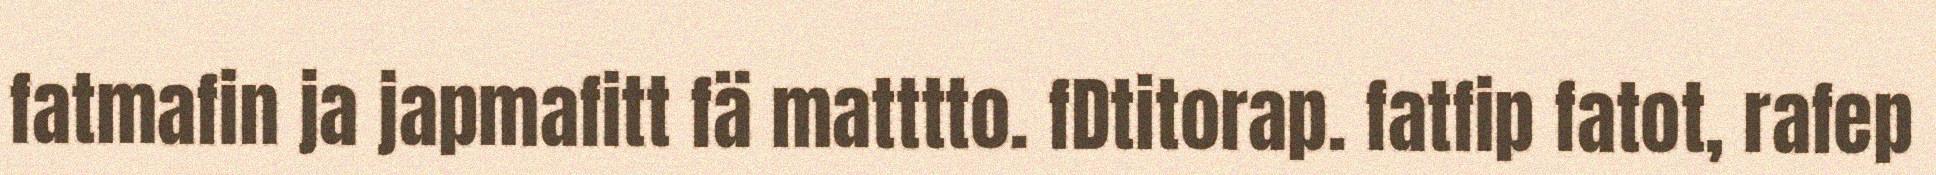
fatmafin ja japmafitt fä matttto. fDtitorap. fatfip fatot, rafep